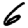
Digit: 6